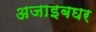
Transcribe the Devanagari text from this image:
अजाइबघर